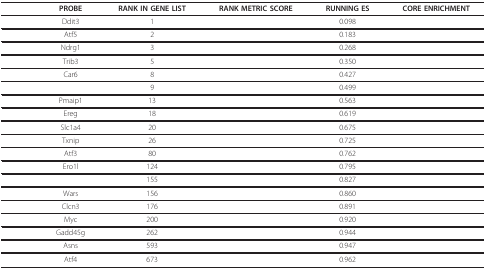
<table><thead><tr><td>[EMPTY_CELL]</td><td><b>PROBE</b></td><td><b>RANK IN GENE LIST</b></td><td><b>RANK METRIC SCORE</b></td><td><b>RUNNING ES</b></td><td><b>CORE ENRICHMENT</b></td></tr></thead><tbody><tr><td>[EMPTY_CELL]</td><td>Ddit3</td><td>1</td><td>[EMPTY_CELL]</td><td>0.098</td><td>[EMPTY_CELL]</td></tr><tr><td>[EMPTY_CELL]</td><td>Atf5</td><td>2</td><td>[EMPTY_CELL]</td><td>0.183</td><td>[EMPTY_CELL]</td></tr><tr><td>[EMPTY_CELL]</td><td>Ndrg1</td><td>3</td><td>[EMPTY_CELL]</td><td>0.268</td><td>[EMPTY_CELL]</td></tr><tr><td>[EMPTY_CELL]</td><td>Trib3</td><td>5</td><td>[EMPTY_CELL]</td><td>0.350</td><td>[EMPTY_CELL]</td></tr><tr><td>[EMPTY_CELL]</td><td>Car6</td><td>8</td><td>[EMPTY_CELL]</td><td>0.427</td><td>[EMPTY_CELL]</td></tr><tr><td>[EMPTY_CELL]</td><td>[EMPTY_CELL]</td><td>9</td><td>[EMPTY_CELL]</td><td>0.499</td><td>[EMPTY_CELL]</td></tr><tr><td>[EMPTY_CELL]</td><td>Pmaip1</td><td>13</td><td>[EMPTY_CELL]</td><td>0.563</td><td>[EMPTY_CELL]</td></tr><tr><td>[EMPTY_CELL]</td><td>Ereg</td><td>18</td><td>[EMPTY_CELL]</td><td>0.619</td><td>[EMPTY_CELL]</td></tr><tr><td>[EMPTY_CELL]</td><td>Slc1a4</td><td>20</td><td>[EMPTY_CELL]</td><td>0.675</td><td>[EMPTY_CELL]</td></tr><tr><td>[EMPTY_CELL]</td><td>Txnip</td><td>26</td><td>[EMPTY_CELL]</td><td>0.725</td><td>[EMPTY_CELL]</td></tr><tr><td>[EMPTY_CELL]</td><td>Atf3</td><td>80</td><td>[EMPTY_CELL]</td><td>0.762</td><td>[EMPTY_CELL]</td></tr><tr><td>[EMPTY_CELL]</td><td>Ero1l</td><td>124</td><td>[EMPTY_CELL]</td><td>0.795</td><td>[EMPTY_CELL]</td></tr><tr><td>[EMPTY_CELL]</td><td>[EMPTY_CELL]</td><td>155</td><td>[EMPTY_CELL]</td><td>0.827</td><td>[EMPTY_CELL]</td></tr><tr><td>[EMPTY_CELL]</td><td>Wars</td><td>156</td><td>[EMPTY_CELL]</td><td>0.860</td><td>[EMPTY_CELL]</td></tr><tr><td>[EMPTY_CELL]</td><td>Clcn3</td><td>176</td><td>[EMPTY_CELL]</td><td>0.891</td><td>[EMPTY_CELL]</td></tr><tr><td>[EMPTY_CELL]</td><td>Myc</td><td>200</td><td>[EMPTY_CELL]</td><td>0.920</td><td>[EMPTY_CELL]</td></tr><tr><td>[EMPTY_CELL]</td><td>Gadd45g</td><td>262</td><td>[EMPTY_CELL]</td><td>0.944</td><td>[EMPTY_CELL]</td></tr><tr><td>[EMPTY_CELL]</td><td>Asns</td><td>593</td><td>[EMPTY_CELL]</td><td>0.947</td><td>[EMPTY_CELL]</td></tr><tr><td>[EMPTY_CELL]</td><td>Atf4</td><td>673</td><td>[EMPTY_CELL]</td><td>0.962</td><td>[EMPTY_CELL]</td></tr></tbody></table>